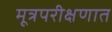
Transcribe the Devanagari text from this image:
मूत्रपरीक्षणात